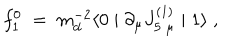
f _ { 1 } ^ { 0 } \; = \; m _ { d } ^ { - 2 } \langle 0 \mid \partial _ { \mu } J _ { 5 \; \mu } ^ { ( 1 ) } \mid 1 \rangle \; ,